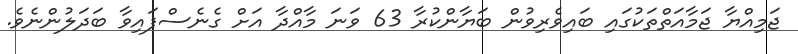
ޖަމިއްޔާ ޖަމާއަތްތަކުގައި ބައިވެރިވުން ބަޔާންކުރާ 63 ވަނަ މާއްދާ އަށް ގެނެސްފައިވާ ބަދަލުންނެވެ.